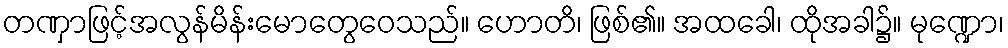
တဏှာဖြင့်အလွန်မိန်းမောတွေဝေသည်။ ဟောတိ၊ ဖြစ်၏။ အထခေါ၊ ထိုအခါ၌။ မုဏ္ဍော၊